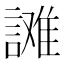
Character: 𰵄